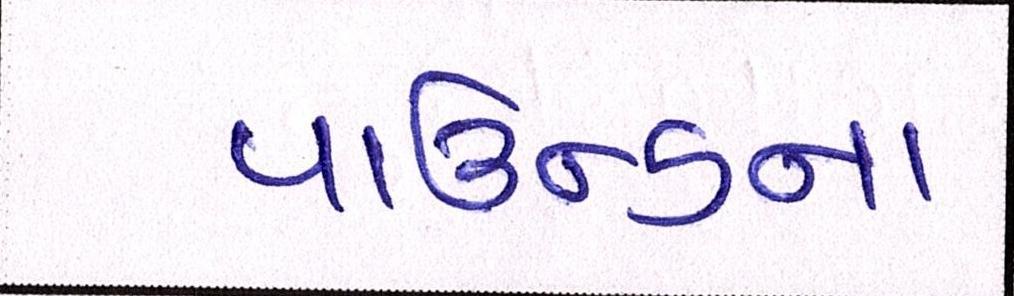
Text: પાઉન્ડના